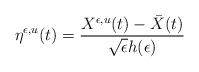
LaTeX: \begin{align*} \eta^{\epsilon,u}(t)=\frac{X^{\epsilon,u}(t)-\bar{X}(t)}{\sqrt{\epsilon}h(\epsilon)} \end{align*}